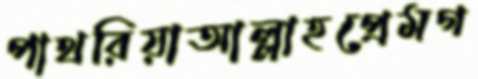
পাথরিয়াআল্লাহপ্রেমগ